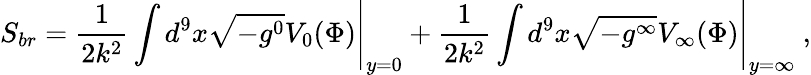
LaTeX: S_{br}=\frac{1}{2k^{2}}\int d^{9}x\sqrt{-g^{0}}V_{0}(\Phi)\Bigg|_{y=0}+\frac{1}{2k^{2}}\int d^{9}x\sqrt{-g^{\infty}}V_{\infty}(\Phi)\Bigg|_{y=\infty}\ ,